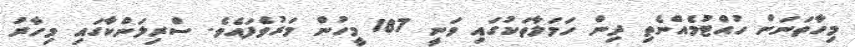
މިހާތަނަށް ހުއްޓުމެއްނެތި ދިން ހަމަލާތަކުގައި ވަނީ 187 މީހުން މަރުވެފައެވެ. ސްރިލަންކާގައި މިހާރު